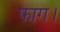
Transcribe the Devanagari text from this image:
फाग।